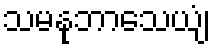
သမနုဘာသေယျံ